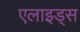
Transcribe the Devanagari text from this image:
एलाइड्स